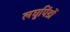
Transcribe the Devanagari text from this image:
लघुपिंडों